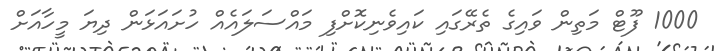
1000 ފޫޓް މަތިން ވައިގެ ތެރޭގައި ކައިވެނިކޮށްފި މައްސަލައެއް ހުށައަޅަން ދިޔަ މީހާއަށް